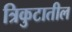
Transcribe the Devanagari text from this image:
त्रिकुटातील